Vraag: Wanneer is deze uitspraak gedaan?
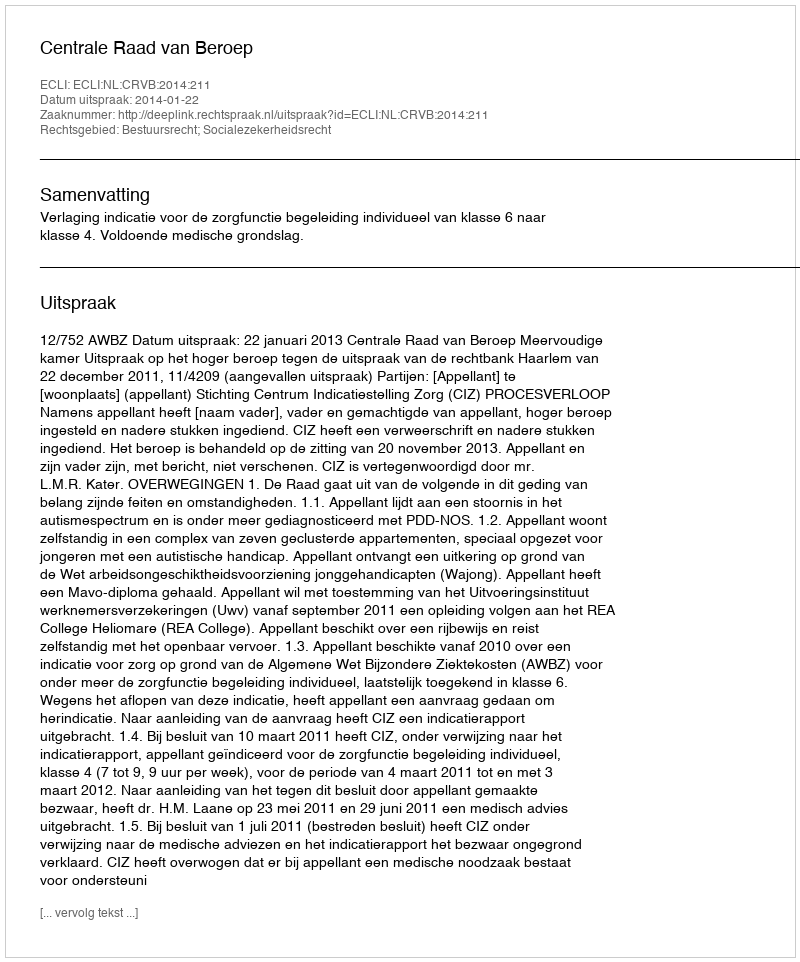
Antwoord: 2014-01-22